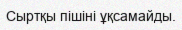
Сыртқы пішіні ұқсамайды.